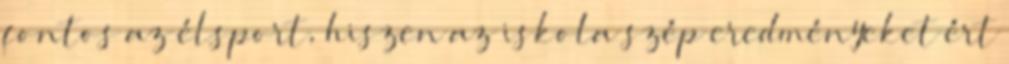
fontos az élsport, hiszen az iskola szép eredményeket ért